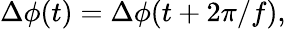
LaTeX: \Delta\phi(t)=\Delta\phi(t+2\pi/f),